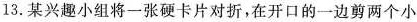
13. 某兴趣小组将一张硬卡片对折，在开口的一边剪两个小